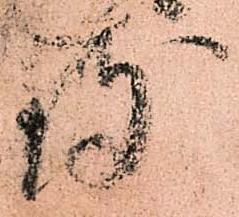
致